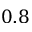
0 . 8